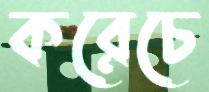
করেচে